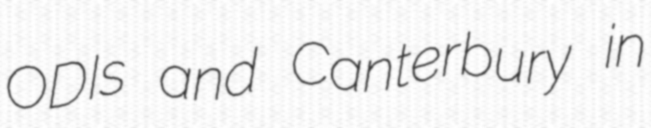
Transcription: ODIs and Canterbury in